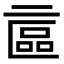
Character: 𠄾